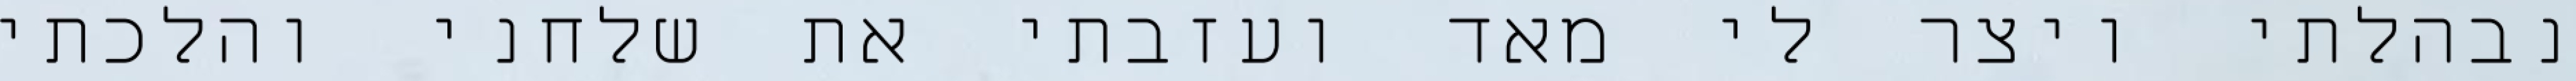
נבהלתי ויצר לי מאד ועזבתי את שלחני והלכתי